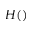
H ( )